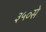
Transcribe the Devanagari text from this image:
३५०से